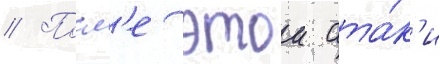
// Посл'е этои ата́к'и